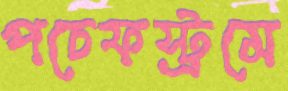
পচেফস্ট্রমে